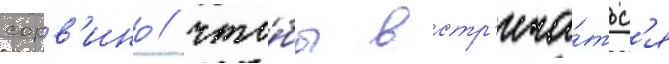
сорв'ино / что́бы встр'еча́тьс'я